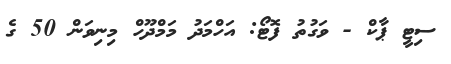
ސިޓީ ޕާކް - ވަގުތު ފޮޓޯ: އަހްމަދު މަމްދޫހް މިނިވަން 50 ގެ